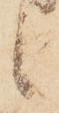
候